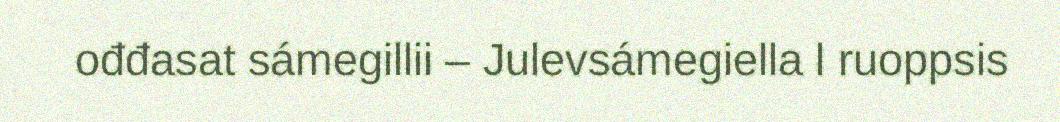
ođđasat sámegillii – Julevsámegiella l ruoppsis